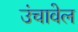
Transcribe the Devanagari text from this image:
उंचावेल